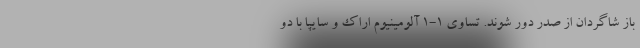
باز شاگردان از صدر دور شوند. تساوی 1-1 آلومینیوم اراک و سایپا با دو